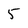
Character: 5